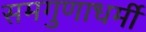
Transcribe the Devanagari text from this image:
समगुणाधर्मी